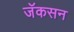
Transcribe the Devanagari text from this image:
जॅकसन